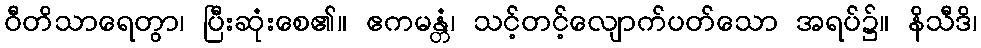
ဝီတိသာရေတွာ၊ ပြီးဆုံးစေ၏။ ဧကမန္တံ၊ သင့်တင့်လျောက်ပတ်သော အရပ်၌။ နိသီဒိ၊